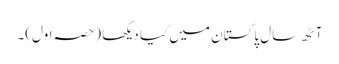
آٹھ سال پاکستان میں کیا دیکھا (حصہ اول)۔